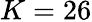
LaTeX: K=26